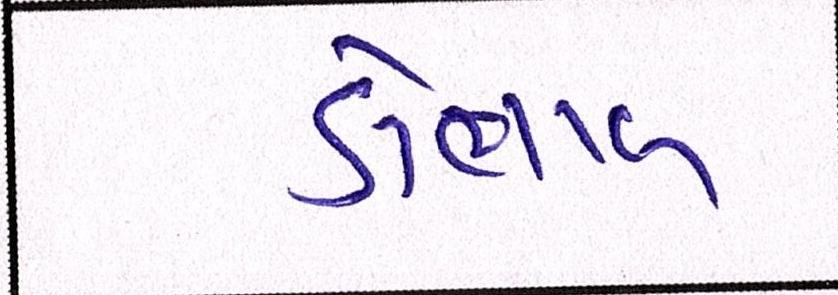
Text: ડોભાલ